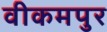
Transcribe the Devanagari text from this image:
वीकमपुर